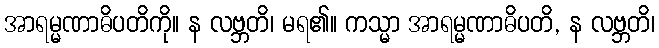
အာရမ္မဏာဓိပတိကို။ န လဗ္ဘတိ၊ မရ၏။ ကသ္မာ အာရမ္မဏာဓိပတိ, န လဗ္ဘတိ၊